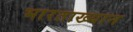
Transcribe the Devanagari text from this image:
भारताख्यान